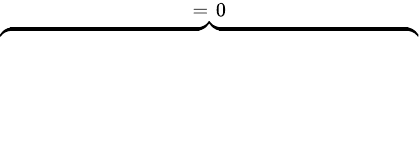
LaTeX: \overbrace{\phantom{\left.\sum_{k=1}^{3}\sum_{i=1}^{2}\sum_{p=1}^{P_{k}^{(i)}}2\kappa^{(i)}\tilde{E}_{k}\Re\left\{ (\mathrm{d}_{\rho}Q_{p,k}^{(i)})\right\} \right|_{0}^{T}}}^{=\; 0}